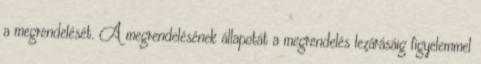
a megrendelését. A megrendelésének állapotát a megrendelés lezárásáig figyelemmel